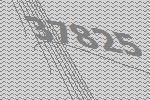
37825